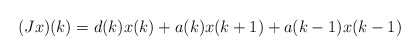
\begin{align*}(Jx)(k)=d(k)x(k)+a(k)x(k+1)+a(k-1)x(k-1) \end{align*}